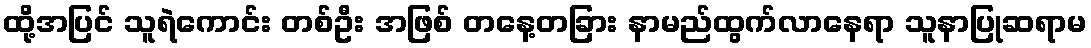
ထို့အပြင် သူရဲကောင်း တစ်ဦး အဖြစ် တနေ့တခြား နာမည်ထွက်လာနေရာ သူနာပြုဆရာမ